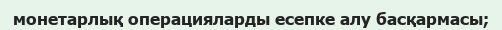
монетарлық операцияларды есепке алу басқармасы;